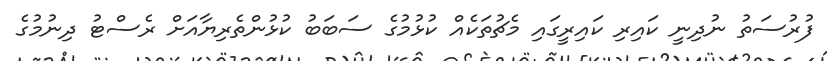
ފުރުސަތު ނުދިނީ ކައިރި ކައިރީގައި މެޗުތަކެއް ކުޅުމުގެ ސަބަބު ކުޅުންތެރިޔާއަށް ރެސްޓު ދިނުމުގެ